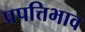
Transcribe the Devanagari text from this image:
प्रपत्तिभाव